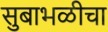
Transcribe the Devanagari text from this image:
सुबाभळीचा